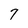
Character: 7